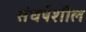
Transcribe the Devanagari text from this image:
संधर्षशील